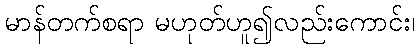
မာန်တက်စရာ မဟုတ်ဟူ၍လည်းကောင်း၊